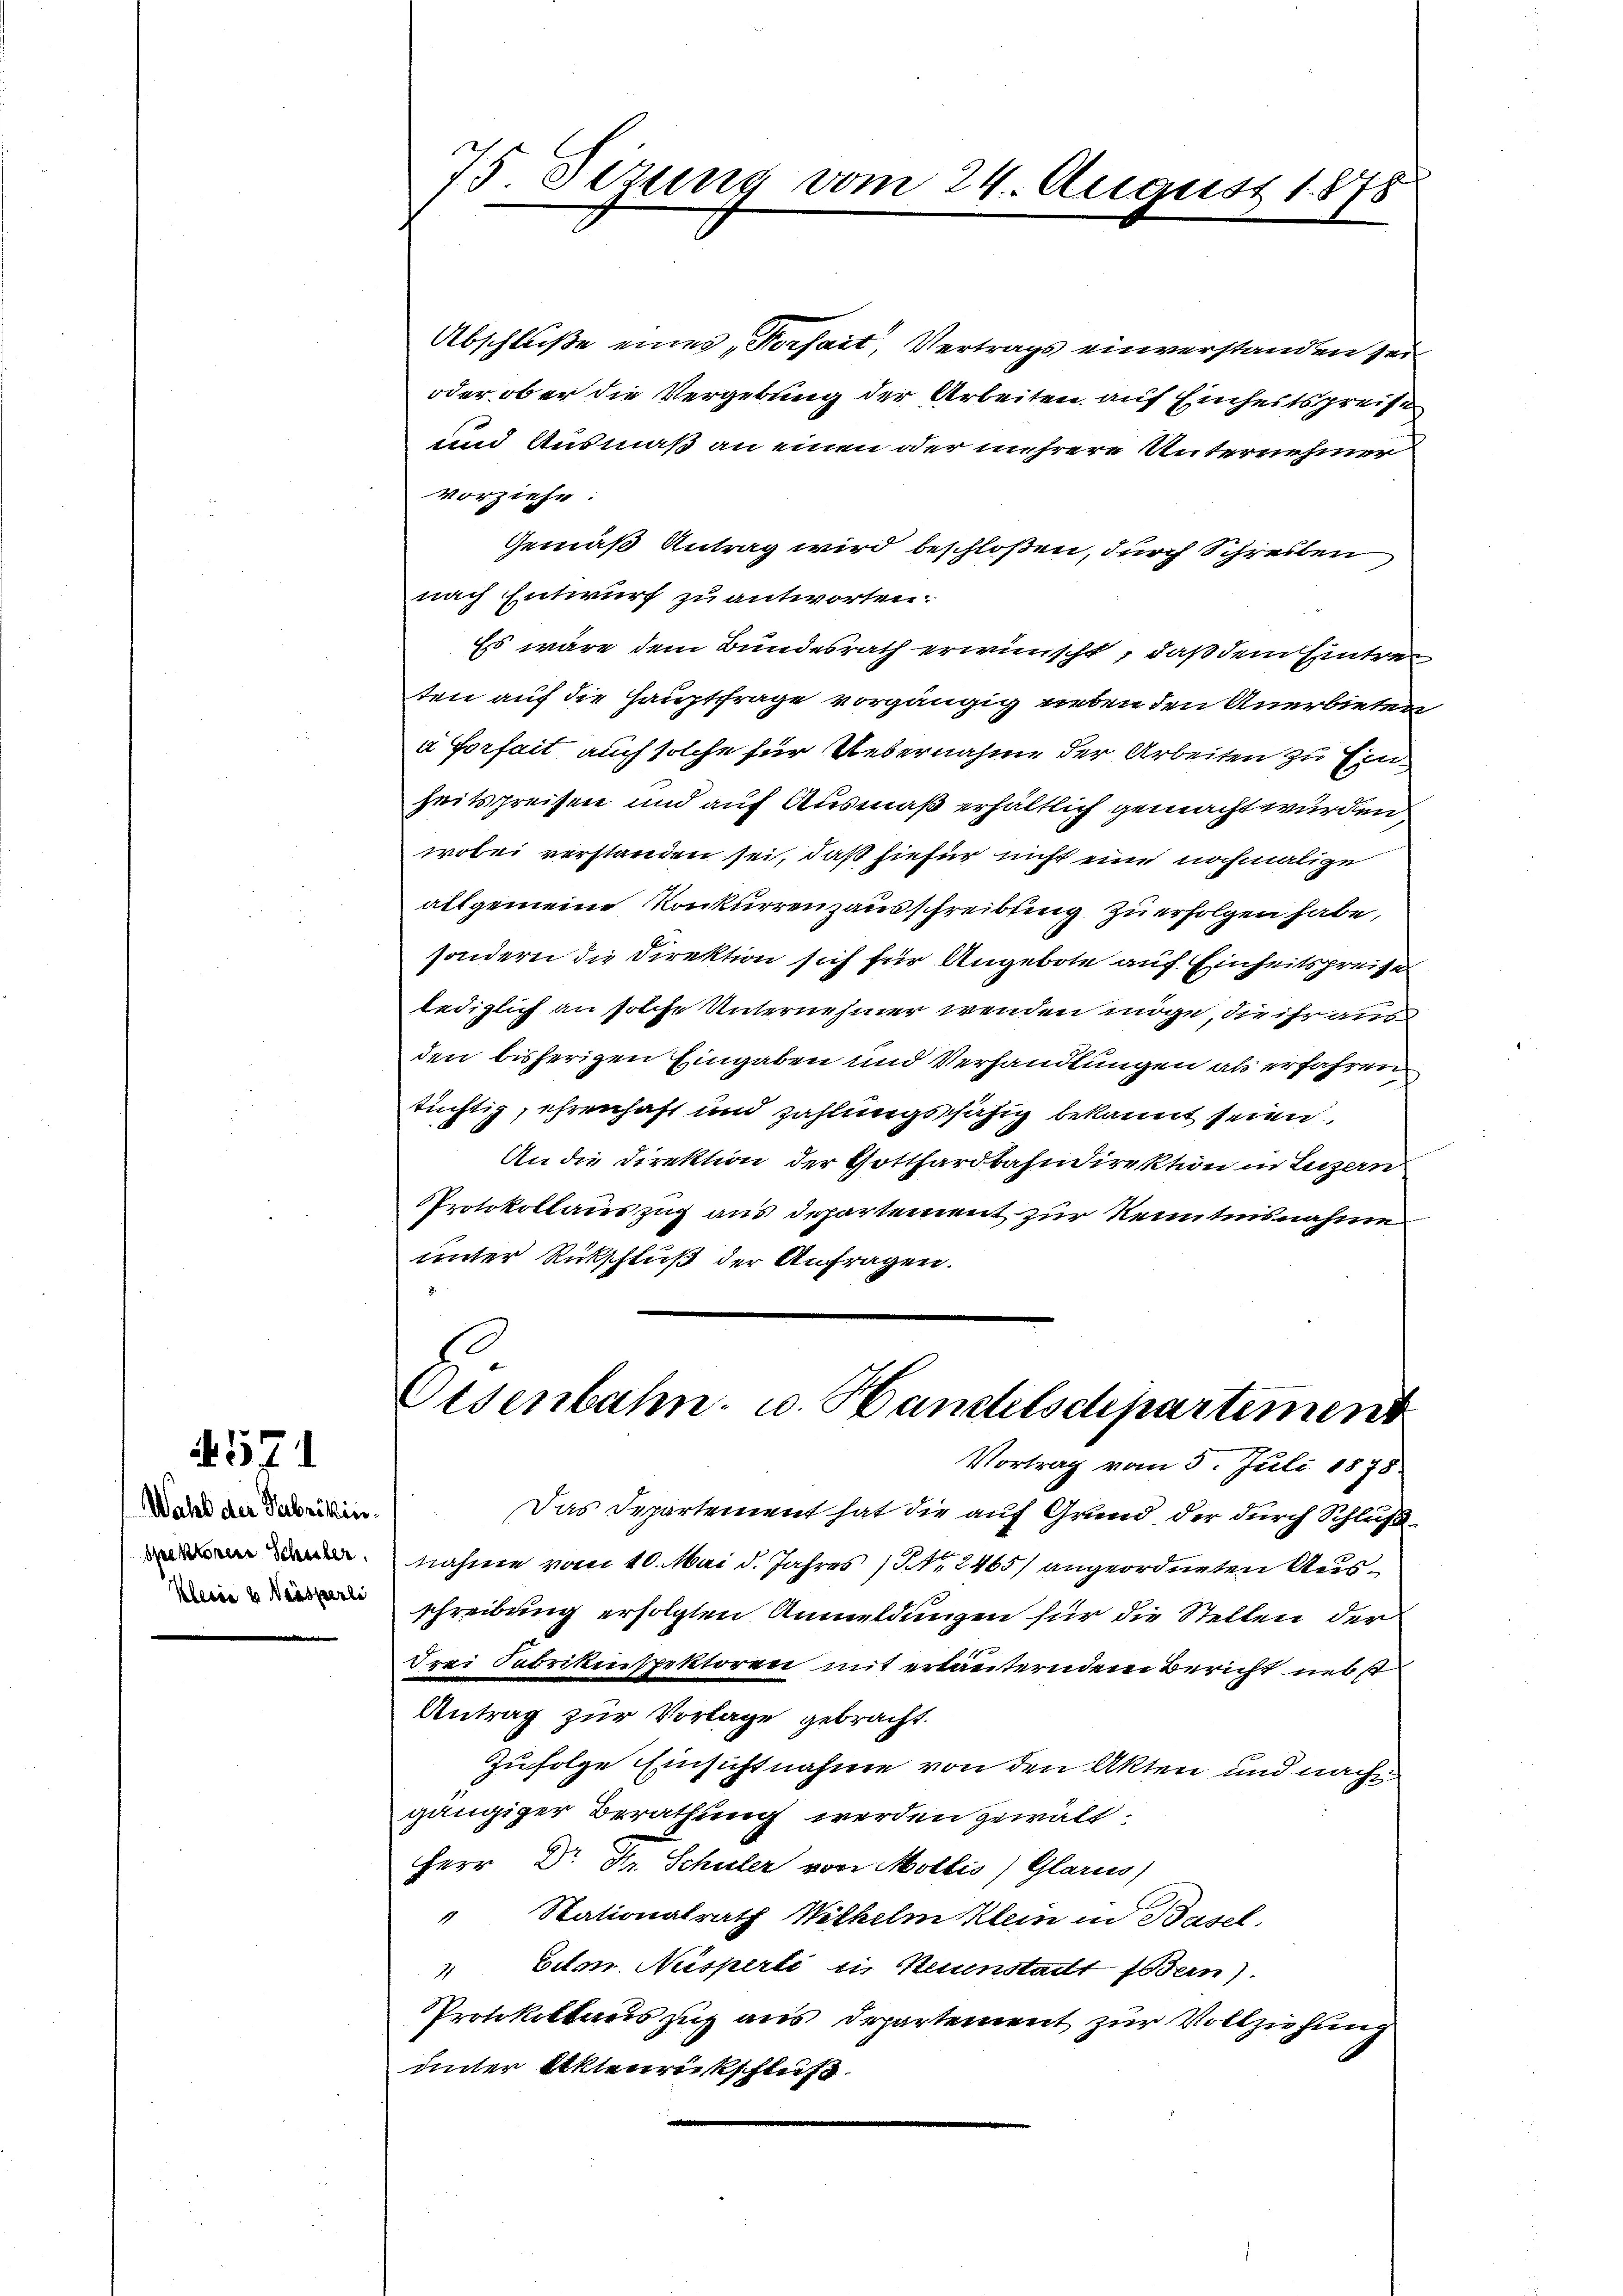
Wahl der Fabrikinspektorene Schüler
Klerie & Waiserli

571

75. Sizung vom 24. August 1878

Abschluße eines Korfait, Vertrags einverstanden sei
oder ob er die Vergebung der Arbeiten auf Einheitspreise
und Ausmaß an einen oder mehrere Unternehmer
vorziehe
Gemäß Antrag wird beschloßen, durch Schreiben
nach Entwurf zu antworten.
Es wäre dem Bundesrath erwünscht, daß dem Eintreten auf die Hauptfrage vorgängig neben den Anerbieten
a Vorfait auch solche für Uebernahme der Arbeiten zu Einheitspreisen und auf Ausmaß erhältlich gemacht wurden
wobei verstanden sei, daß hiefür nicht eine nochmalige
allgemeine Konkurrenzausschreibung zu erfolgen habe,
sondern die Direktion sich für Angebote auf. Einheitspreise
lediglich an solche Unternehmer wenden möge, die ihr aus
den bisherigen Eingaben und Verhandlungen als erfahren
tüchtig, ehrenhaft und zahlungsfähig bekannt seien.
An die Direktion der Gotthardbahndirektion in Luzern
Protokollauszug aus Departement zur Kenntnisnahme
unter Rückschluß der Anfragen.
Osenbahn- u. Handelsdepartement
Vortrag vom 5. Juli 1875.
Das Departement hat die auf Grund, der durch Schluß
nahme vom 10. Mai d. Jahres No. 2465) angeordneten Ausschreibung erfolgten Anmeldungen für die Stellen der
drei Fabrikenspektoren mit erläuterndem Bericht nebst
Antrag zur Vorlage gebracht.
Zufolge Einsichtnahme von den Akten und nach
gängiger Berathung werden gewält
Herr Dr. Dr. Schuler von Mollis) Glarus)
 Nationalrath Wilhelm Klein in Basel,
4 im Nesperti in Kunstadt Boden).
Protokollauszug aus Departement zur Vollziehung
unter Aktenrückschluß